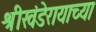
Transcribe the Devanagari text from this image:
श्रीखंडेरायाच्या